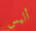
أليس